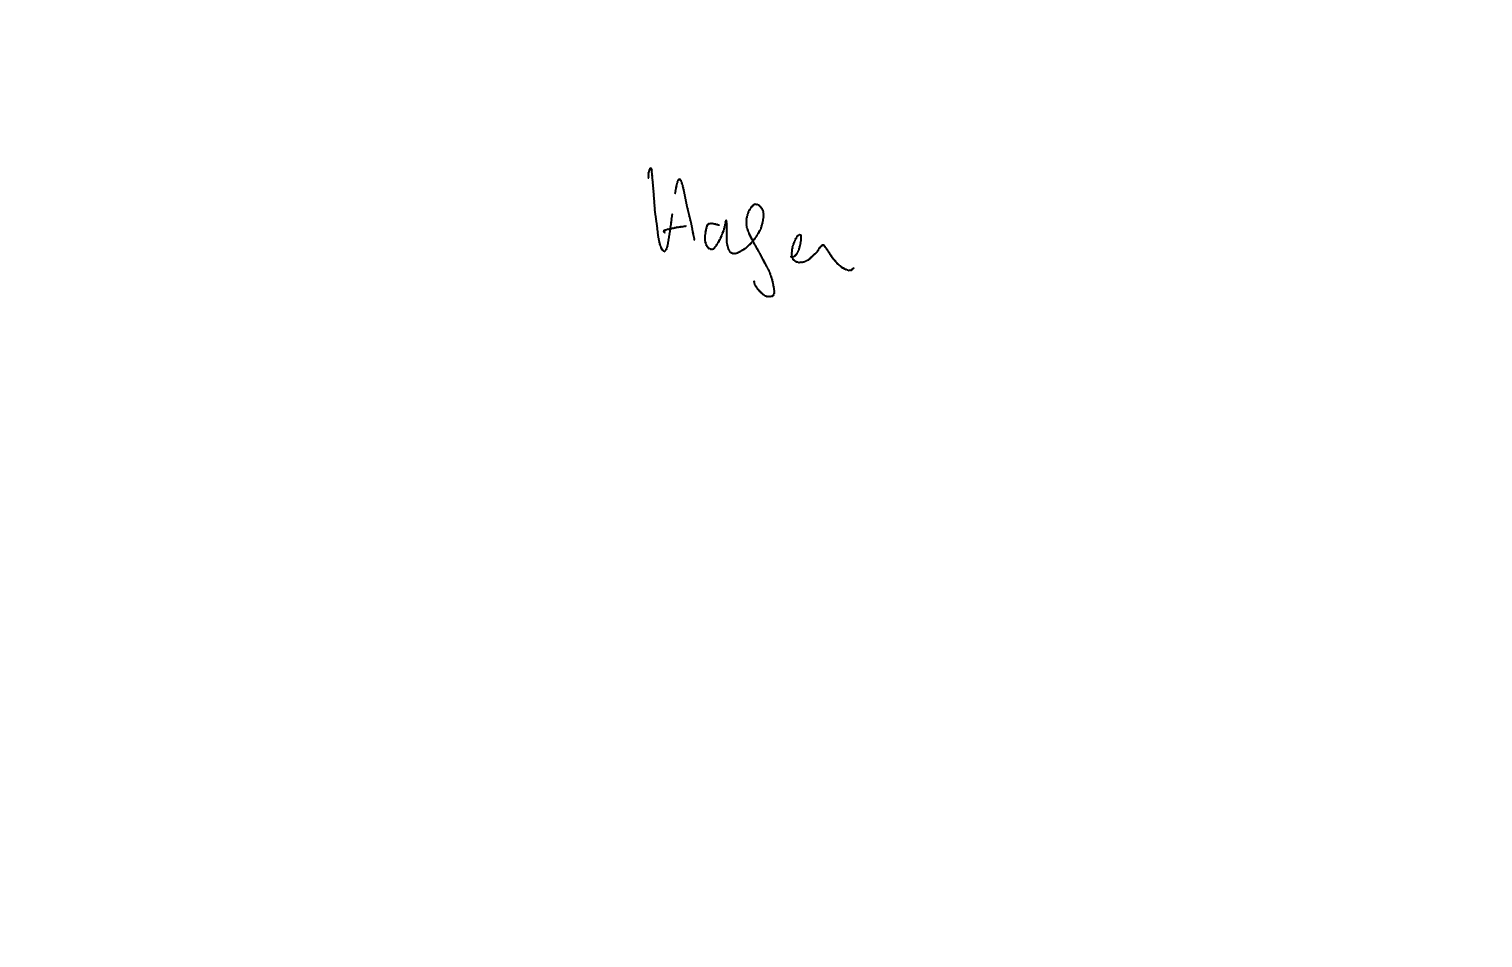
Text: Hafen